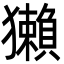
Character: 獺